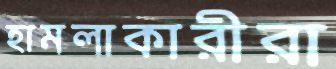
হামলাকারীরা